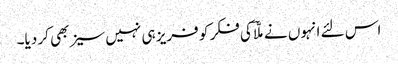
اس لئے انہوں نے ملّاؔ کی فکر کو فریز ہی نہیں سیز بھی کر دیا۔